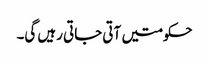
حکومتیں آتی جاتی رہیں گی۔